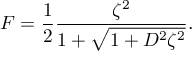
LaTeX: { \cal F } = { \frac { 1 } { 2 } } { \frac { \zeta ^ { 2 } } { 1 + \sqrt { 1 + D ^ { 2 } \zeta ^ { 2 } } } } .